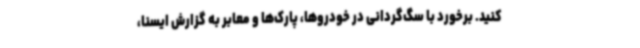
کنید. برخورد با سگ‌گردانی در خودروها، پارک‌ها و معابر به گزارش ایسنا،